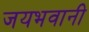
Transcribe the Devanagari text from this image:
जयभवानी